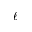
\ell